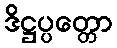
ဒိဋ္ဌပ္ပတ္တော